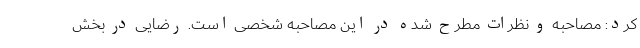
کرد: مصاحبه و نظرات مطرح شده در این مصاحبه شخصی است. رضایی در بخش